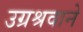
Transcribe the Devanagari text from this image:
उग्रश्रवाने